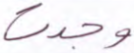
وجدت